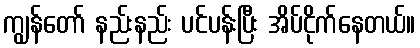
ကျွန်တော် နည်းနည်း ပင်ပန်းပြီး အိပ်ငိုက်နေတယ်။